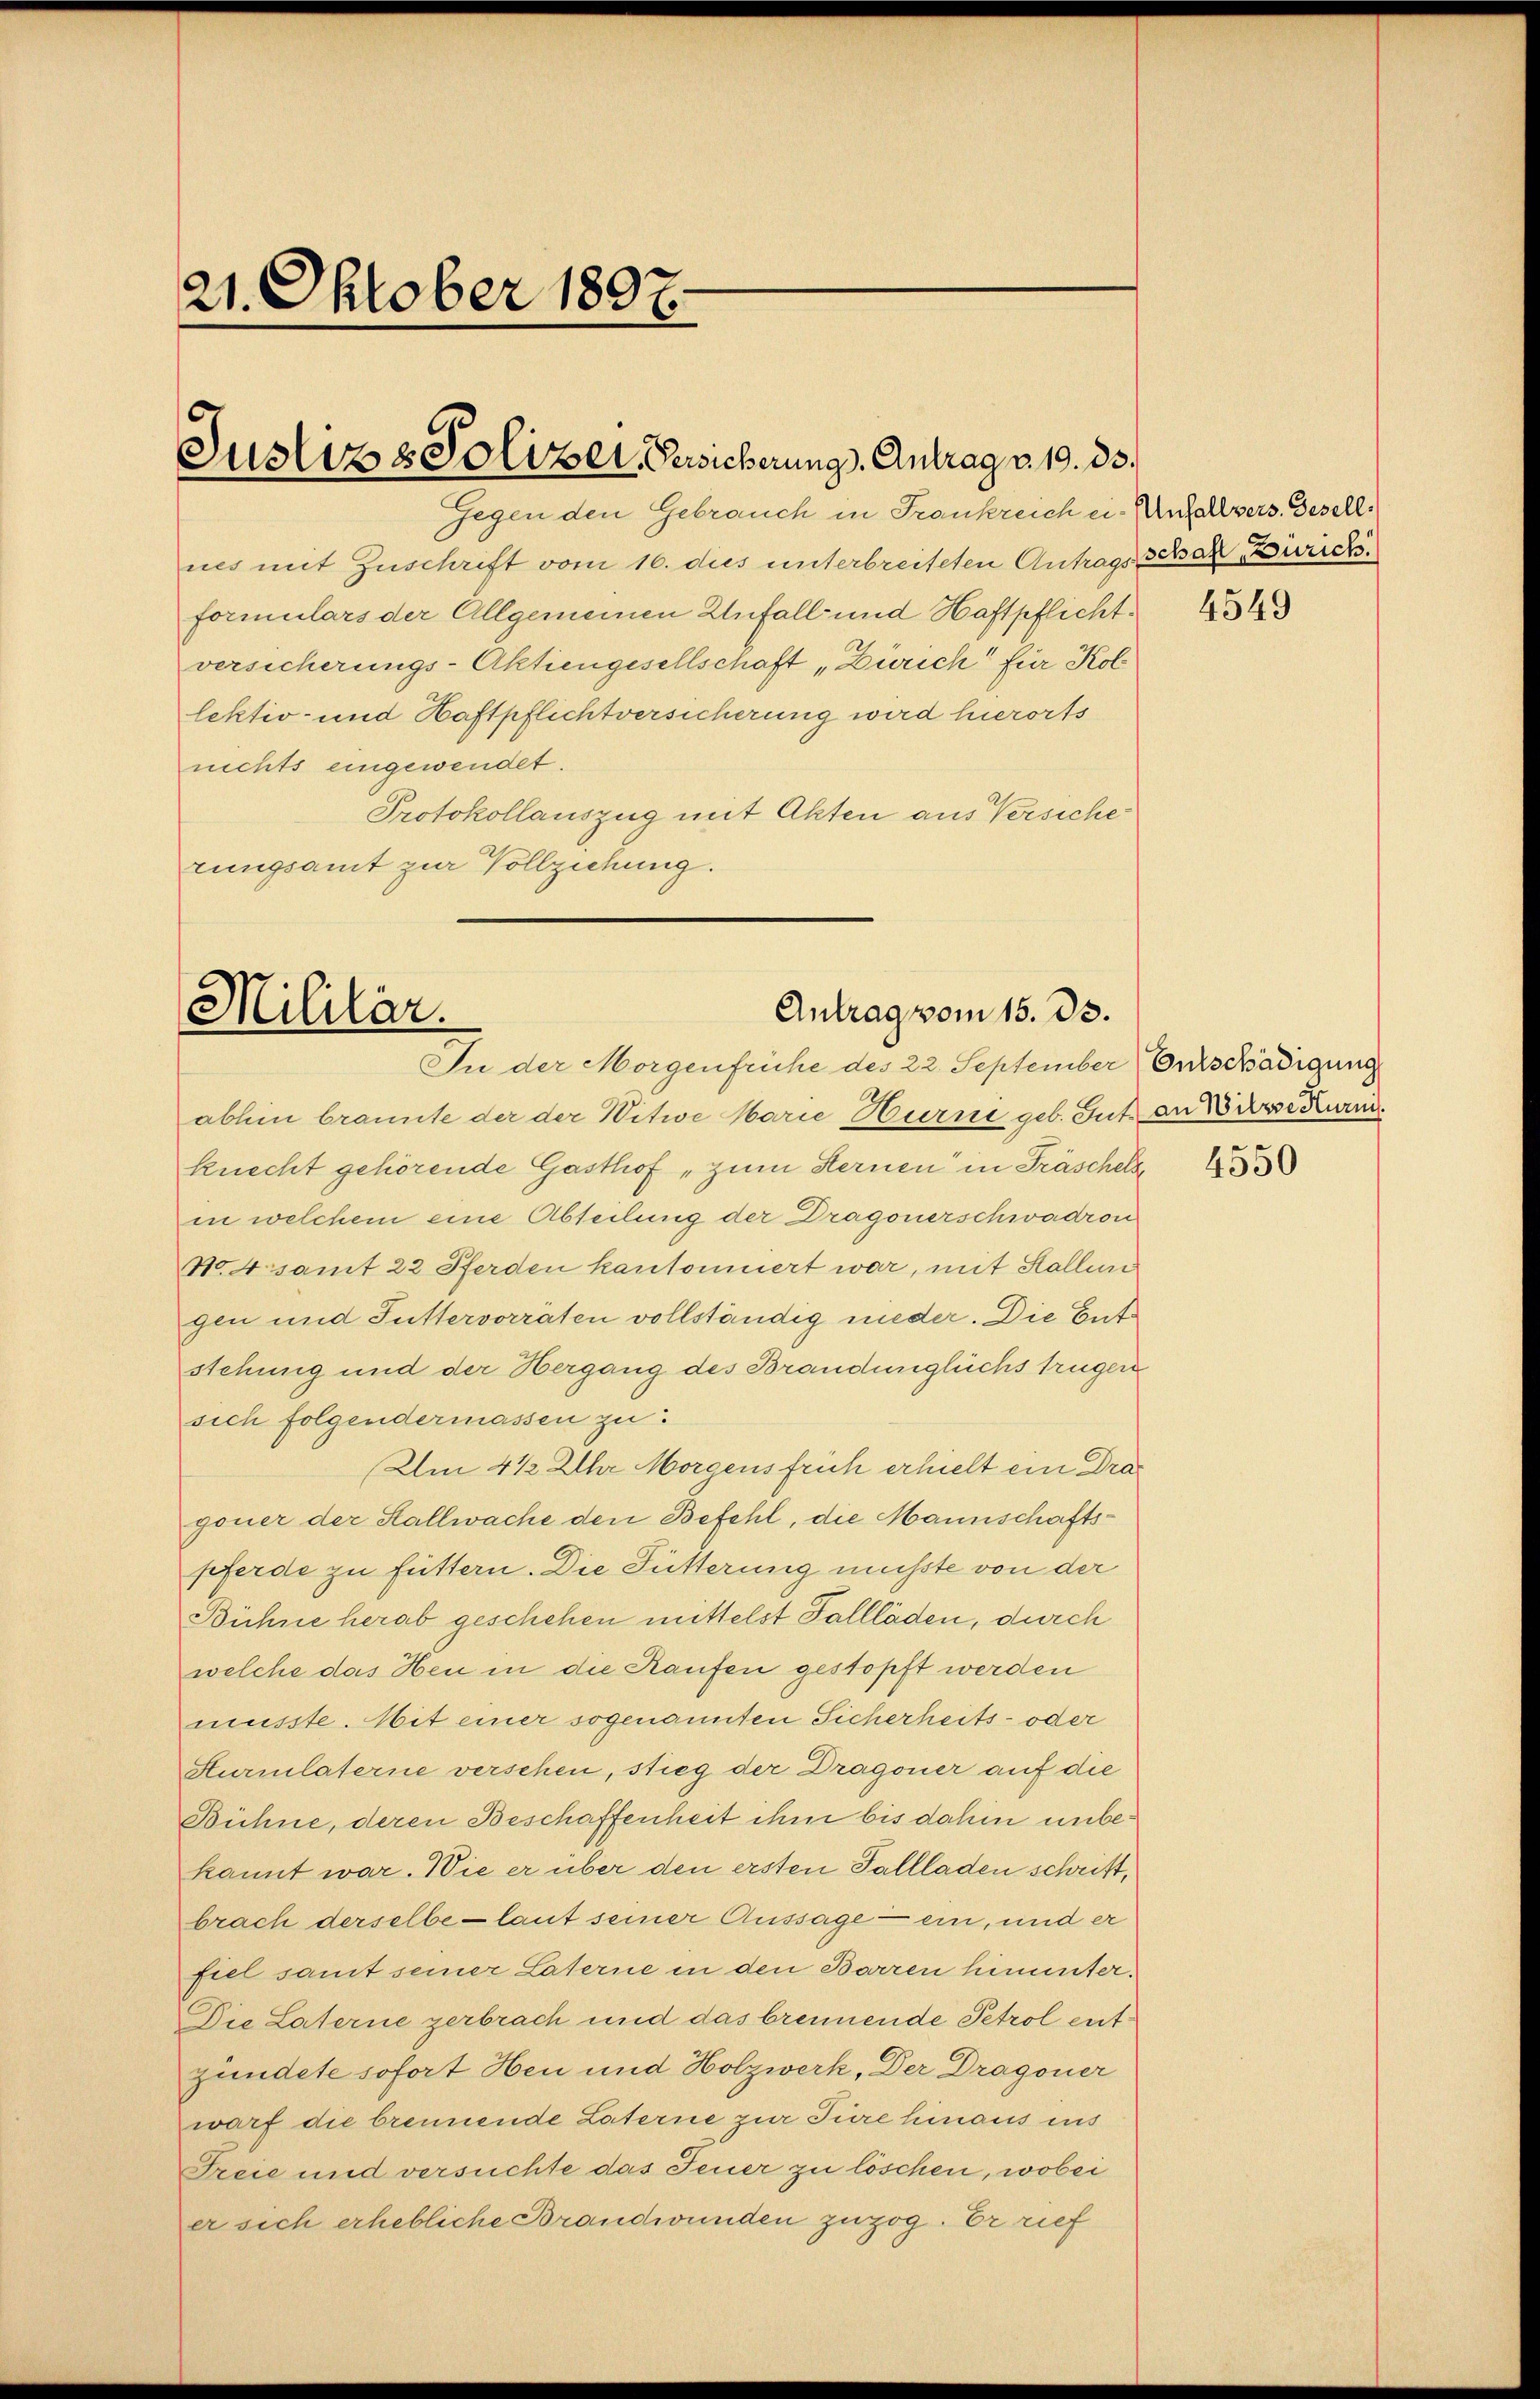
21. Oktober 1897.

Justiz & Polizei, Gesicherung. Antrag v. 19. 33.

Gegen den Gebrauch in Frankreich ein Unfallvers. Gesellnes mit Zuschrift vom 16. dies unterbreiteten Antrags Schal Zürich
formulars der Allgemeinen Unfall und Haftpflicht.
versicherungs-Aktiengesellschaft „Zürich für Kol
lektiv- und Haftpflichtversicherung wird hierorts
nichts eingewendet.
Protokollauszug mit Akten aus Versiche
rungsamt zur Vollziehung.

Militär.
Antrag vom 15. ds.
In der Morgenfrühe des 22. September Ortschädigung

abhin brannte der der Witwe Marie Hurni geb. Gut an Birsecuri
knecht gehörende Gasthof „zum Fernen in Fräschelse
in welchem eine Abteilung der Dragonerschwadron
No. 4 samt 22 Pferden kantoniert war, mit Hallen
gen und Futtervorräten vollständig nieder. Die Ents
stehung und der Hergang des Brandunglichs trugen
sich folgendermassen zu
Um 4 ½ Uhr Morgens früh erhielt ein Dragoner der Stallwache den Befehl, die Mannschaftspferde zu füttern. Die Fütterung musste von der
Bühne herab geschehen mittelst Pallläden, durch
welche das Heu in die Kaufen gestopft werden
müsste. Mit einer sogenannten Sicherheits- oder
Sturmlaterne versehen, stieg der Dragoner auf die
Bühne, deren Beschaffenheit ihm bis dahin unbekannt war. Wie er über den ersten Fallladen schritt,
brach derselbe laut seiner Aussage — ein, und er
fiel samt seiner Laterne in den Barren hinunter¬
Die Laterne zerbrach und das brennende Petrol entzündete sofort Heu und Holzwerk, Der Dragoner
warf die brennende Laterne zur Türe hinaus ins
Freie und versuchte das Feuer zu löschen, wobei
er sich erhebliche Brandwunden zuzog. Er rief

4549

4550